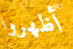
أظهروا